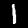
Label: 1